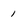
Character: 1